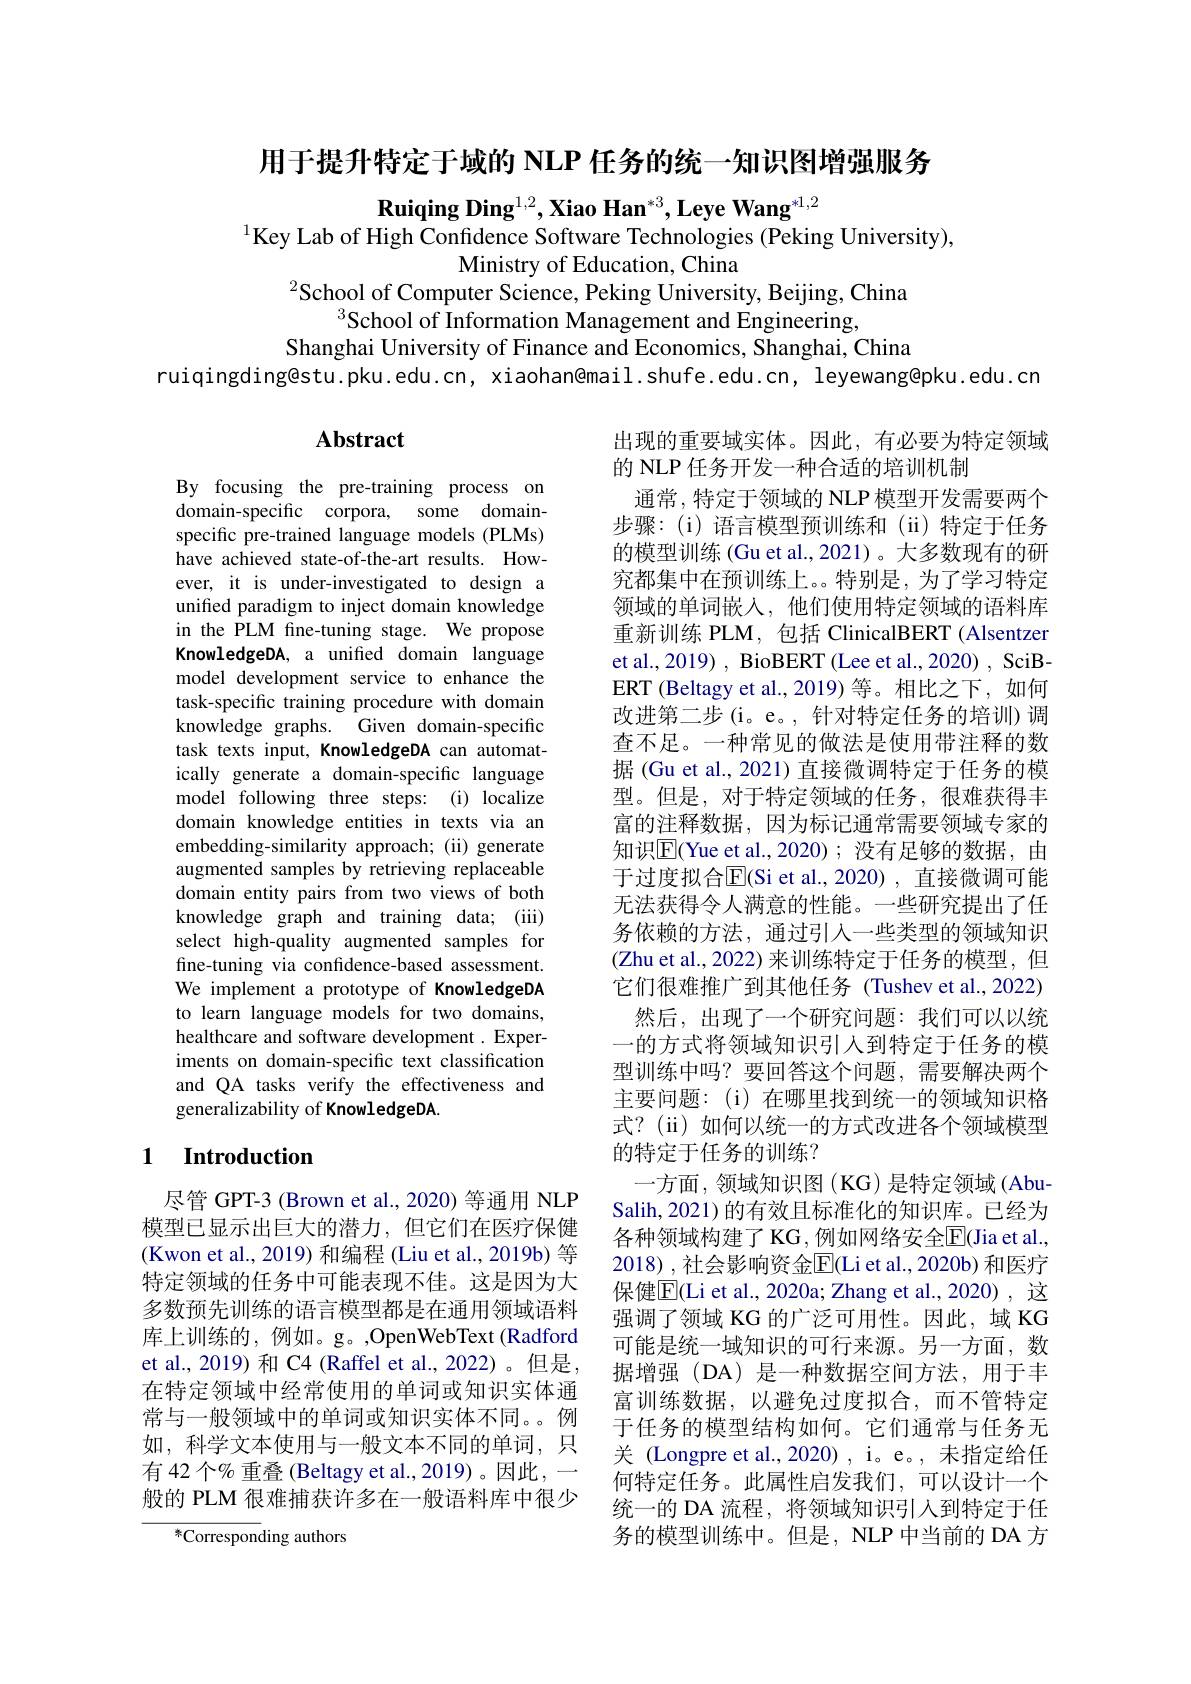
用于提升特定于域的 NLP 任务的统一知识图增强服务

Ruiqing Ding$^{1,2},\textbf{Xiao Han}^{*3},\textbf{Leye Wang}^{*1,2}$
$^{1}$Key Lab of High Confidence Software Technologies (Peking University),
Ministry of Education, China
$^{2}$School of Computer Science, Peking University, Beijing, China
$^{3}$School of Information Management and Engineering,
Shanghai University of Finance and Economics, Shanghai, China
ruiqingding@stu.pku.edu.cn, xiaohan@mail.shufe.edu.cn, leyewang@pku.edu.cn

## $\mathbf{Abstract}$

By focusing the pre-training process on domain-specific corpora, some domainspecific pre-trained language models (PLMs) have achieved state-of-the-art results. However, it is under-investigated to design a unified paradigm to inject domain knowledge in the PLM fine-tuning stage. We propose KnowledgeDA, a unified domain language model development service to enhance the task-specific training procedure with domain knowledge graphs. Given domain-specific task texts input, KnowledgeDA can automatically generate a domain-specific language model following three steps: (i) localize domain knowledge entities in texts via an embedding-similarity approach; (ii) generate augmented samples by retrieving replaceable domain entity pairs from two views of both knowledge graph and training data; (iii) select high-quality augmented samples for fine-tuning via confidence-based assessment. We implement a prototype of KnowledgeDA to learn language models for two domains, healthcare and software development . Experiments on domain-specific text classification and QA tasks verify the effectiveness and generalizability of KnowledgeDA.

出现的重要域实体。因此，有必要为特定领域
的 NLP 任务开发一种合适的培训机制
通常，特定于领域的 NLP 模型开发需要两个步骤：(i)语言模型预训练和(ii)特定于任务的模型训练(Gu et al.,2021)。大多数现有的研究都集中在预训练上。。特别是，为了学习特定领域的单词嵌入，他们使用特定领域的语料库重新训练 PLM, 包括 ClinicalBERT (Alsentzer et al., 2019) , BioBERT (Lee et al., 2020) , SciBERT (Beltagy et al.,2019) 等。相比之下，如何改进第二步(i。e。, 针对特定任务的培训)调查不足。一种常见的做法是使用带注释的数据(Gu et al., 2021) 直接微调特定于任务的模型。但是，对于特定领域的任务，很难获得丰富的注释数据，因为标记通常需要领域专家的知识$\overline{\mathrm{E}}($Yue et al.,2020);没有足够的数据，由于过度拟合$\overline{\mathrm{E}}($Si et al.,2020),直接微调可能无法获得令人满意的性能。一些研究提出了任务依赖的方法，通过引入一些类型的领域知识(Zhu et al.,2022) 来训练特定于任务的模型，但它们很难推广到其他任务(Tushev et al., 2022)
然后，出现了一个研究问题：我们可以以统一的方式将领域知识引人到特定于任务的模型训练中吗？要回答这个问题，需要解决两个主要问题：(i)在哪里找到统一的领域知识格式？(ii)如何以统一的方式改进各个领域模型的特定于任务的训练？
一方面，领域知识图(KG)是特定领域(AbuSalih, 2021) 的有效且标准化的知识库。已经为各种领域构建了 KG, 例如网络安全$\overline{\mathrm{E}}($Jia et al., 2018),社会影响资金$\overline{\mathbb{E}}($Li et al., 2020b) 和医疗保健$\overline{\mathrm{E}}$(Li et al., 2020a; Zhang et al., 2020), 这强调了领域 KG 的广泛可用性。因此，域 KG 可能是统一域知识的可行来源。另一方面，数据增强(DA)是一种数据空间方法，用于丰富训练数据，以避免过度拟合，而不管特定于任务的模型结构如何。它们通常与任务无关 (Longpre et al., 2020) , i。e。, 未指定给任何特定任务。此属性启发我们，可以设计一个统一的 DA 流程，将领域知识引入到特定于任务的模型训练中。但是，NLP 中当前的 DA 方

## 1 $\textbf{Introduction}$

尽管 GPT-3 (Brown et al., 2020) 等通用 NLP 模型已显示出巨大的潜力，但它们在医疗保健(Kwon et al., 2019) 和编程 (Liu et al., 2019b) 等特定领域的任务中可能表现不佳。这是因为大多数预先训练的语言模型都是在通用领域语料库上训练的，例如。g。,OpenWebText(Radford et al., 2019) 和 C4 (Raffel et al., 2022)。但是， 在特定领域中经常使用的单词或知识实体通常与一般领域中的单词或知识实体不同。例如，科学文本使用与一般文本不同的单词，只有 42 个% 重叠 (Beltagy et al., 2019) 。因此，一般的 PLM 很难捕获许多在一般语料库中很少

${^{*}\text{Corresponding authors}}$